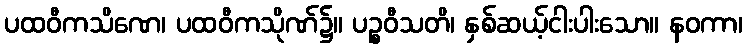
ပထဝီကသိဏေ၊ ပထဝီကသိုဏ်၌။ ပဉ္စဝီသတိ၊ နှစ်ဆယ့်ငါးပါးသော။ နဝကာ၊